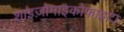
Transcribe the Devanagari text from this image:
शाइज़ोमाइकोफाइटा